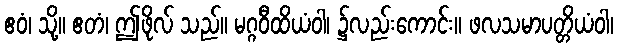
ဧဝံ၊ သို့။ ဧတံ၊ ဤဖိုလ် သည်။ မဂ္ဂဝီထိယံဝါ၊ ၌လည်းကောင်း။ ဖလသမာပတ္တိယံဝါ၊